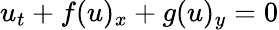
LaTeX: u_{t}+f(u)_{x}+g(u)_{y}=0